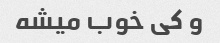
و کی خوب میشه